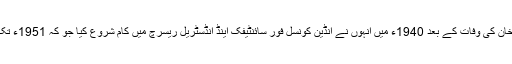
حکیم اجمل خان کی وفات کے بعد 1940ء میں انہوں نے انڈین کونسل فور سائنٹیفک اینڈ انڈسٹریل ریسرچ میں کام شروع کیا جو کہ 1951ء تک جاری رہا۔